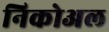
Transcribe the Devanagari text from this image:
निकोअल